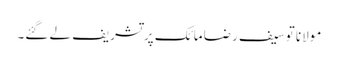
مولانا توسیف رضا مائک پر تشریف لے گئے۔